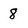
Character: 8